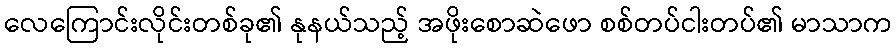
လေကြောင်းလိုင်းတစ်ခု၏ နုနယ်သည့် အဖိုးစောဆဲဖော စစ်တပ်ငါးတပ်၏ မာသာက